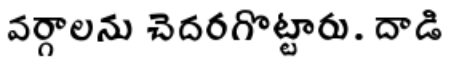
వర్గాలను చెదరగొట్టారు. దాడి